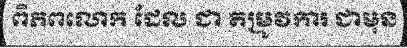
ពិភពលោក ដែល ជា តម្រូវការ ជាមុន